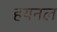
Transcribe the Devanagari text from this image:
हयनल